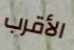
الأقرب